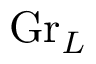
\mathrm { G r } _ { L }